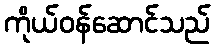
ကိုယ်ဝန်ဆောင်သည်